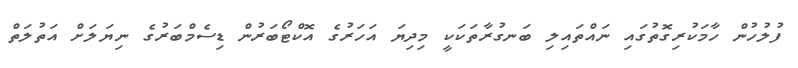
ފުލުހުން ހާމަކުރިގޮތުގައި ނައްތައިލި ބަނގުރާތަކަކީ މިދިޔަ އަހަރުގެ އޮކްޓޯބަރުން ޑިސެމްބަރުގެ ނިޔަލަށް އަތުލަތް